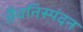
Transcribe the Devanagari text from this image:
जैवनिस्पंदन